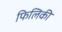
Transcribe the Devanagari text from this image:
फिलिकी